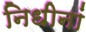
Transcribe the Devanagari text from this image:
निधीनां